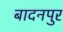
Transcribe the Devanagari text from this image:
बादनपुर